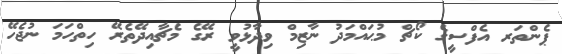
ޕެންތަރ އެފްސީގެ ކޯޗް މުޙައްމަދު ނާޒިމް ވިދާޅުވީ ރޭގެ މެޗާއިދޭތެރޭ ހިތްހަމަ ނުޖެހޭ